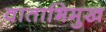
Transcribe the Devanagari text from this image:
वाताभिमुख